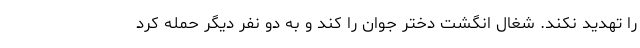
را تهدید نکند. شغال انگشت دختر جوان را کند و به دو نفر دیگر حمله کرد